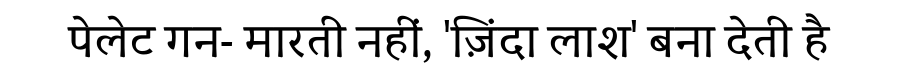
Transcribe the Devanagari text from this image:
पेलेट गन- मारती नहीं, 'ज़िंदा लाश' बना देती है